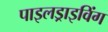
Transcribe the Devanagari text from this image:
पाइलड्राइविंग